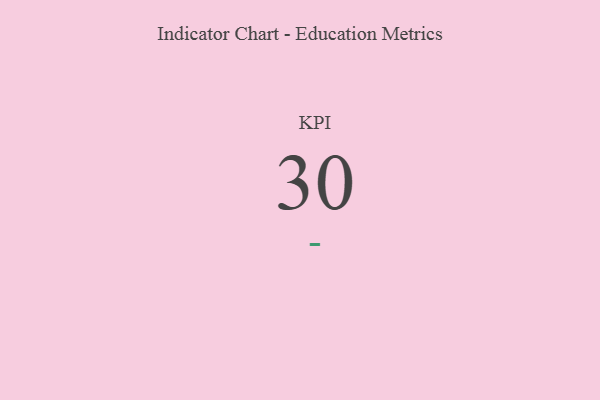
{"axis": {"x": "KPI", "y": "Value"}, "legend": [""], "data": [{"x": "KPI", "y": 30, "type": ""}]}